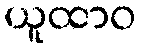
ယူထာဝ